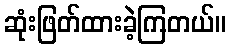
ဆုံးဖြတ်ထားခဲ့ကြတယ်။